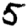
Digit: 5